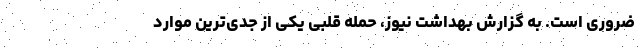
ضروری است. به گزارش بهداشت نیوز، حمله قلبی یکی از جدی‌ترین موارد